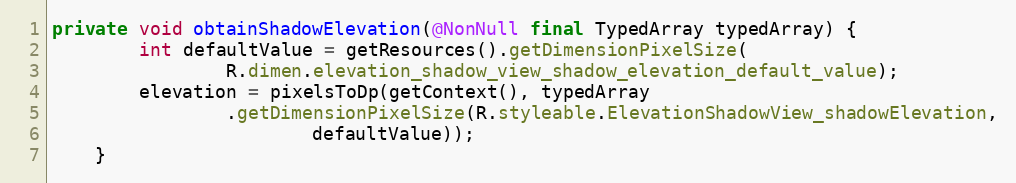
Language: Java
private void obtainShadowElevation(@NonNull final TypedArray typedArray) {
        int defaultValue = getResources().getDimensionPixelSize(
                R.dimen.elevation_shadow_view_shadow_elevation_default_value);
        elevation = pixelsToDp(getContext(), typedArray
                .getDimensionPixelSize(R.styleable.ElevationShadowView_shadowElevation,
                        defaultValue));
    }